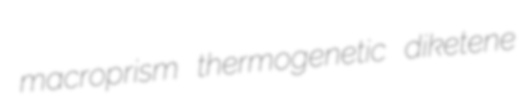
macroprism thermogenetic diketene